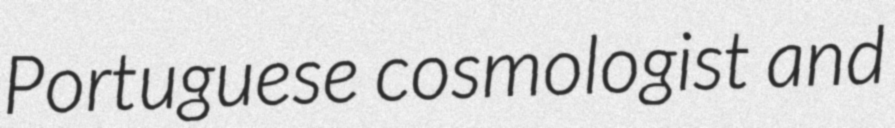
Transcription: Portuguese cosmologist and